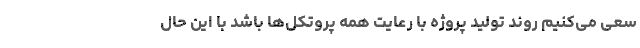
سعی می‌کنیم روند تولید پروژه با رعایت همه پروتکل‌ها باشد با این حال